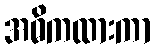
အဓိကထားကာ